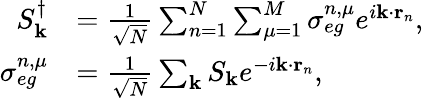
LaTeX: \begin{array}{rl}{S_{\mathbf{k}}^{\dagger}}&{=\frac{1}{\sqrt{N}}\sum_{n=1}^{N}\sum_{\mu=1}^{M}\sigma_{eg}^{n,\mu}e^{i\mathbf{k}\cdot\mathbf{r}_{n}},}\\ {\sigma_{eg}^{n,\mu}}&{=\frac{1}{\sqrt{N}}\sum_{\mathbf{k}}S_{\mathbf{k}}e^{-i\mathbf{k}\cdot\mathbf{r}_{n}},}\end{array}